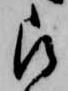
被